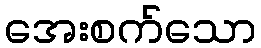
အေးစက်သော